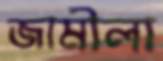
জামীলা